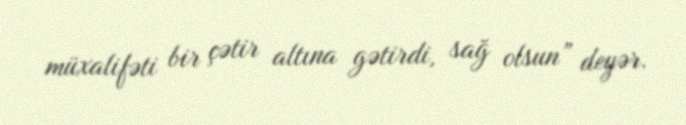
müxalifəti bir çətir altına gətirdi, sağ olsun” deyər.